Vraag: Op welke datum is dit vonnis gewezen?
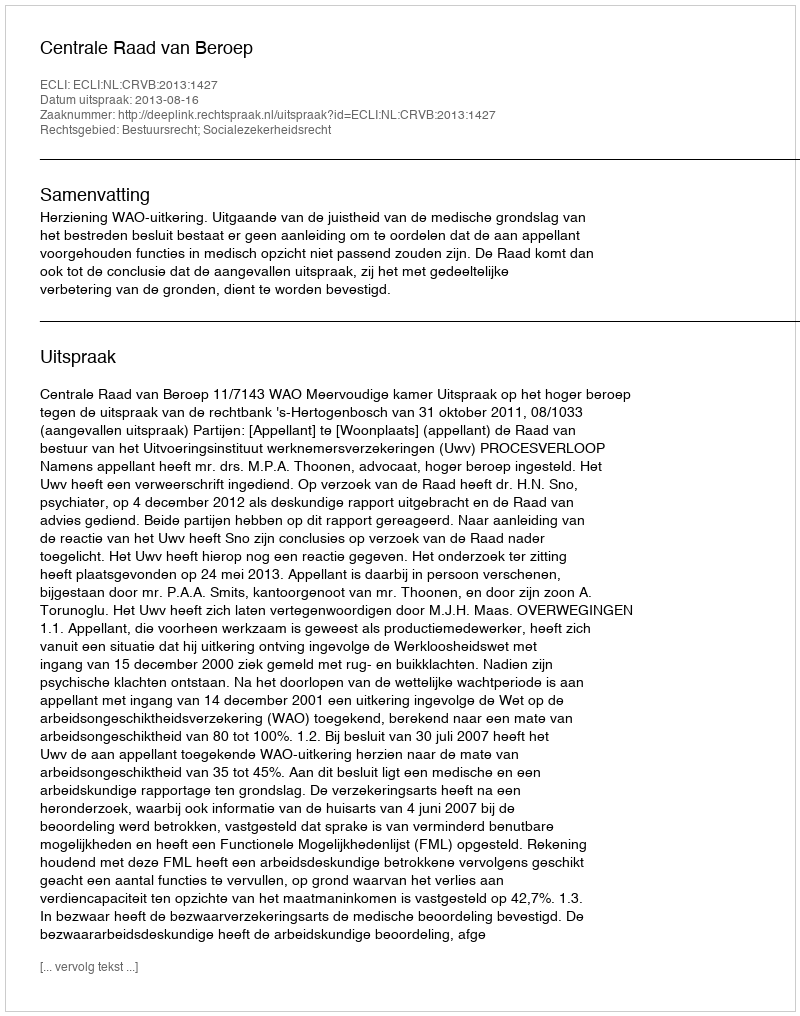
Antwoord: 2013-08-16